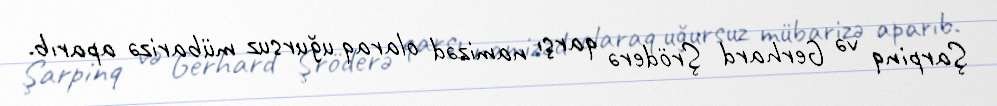
Şarpinq və Gerhard Şröderə qarşı namizəd olaraq uğursuz mübarizə aparıb.